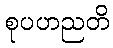
စုပဟညတိ